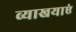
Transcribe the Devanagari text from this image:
व्याखयाएं